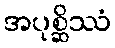
အပုစ္ဆိဿံ